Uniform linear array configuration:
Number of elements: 48
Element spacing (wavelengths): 1
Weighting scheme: exponential
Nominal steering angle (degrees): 30
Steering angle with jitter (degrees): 31.116
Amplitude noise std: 0.05
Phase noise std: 0.05

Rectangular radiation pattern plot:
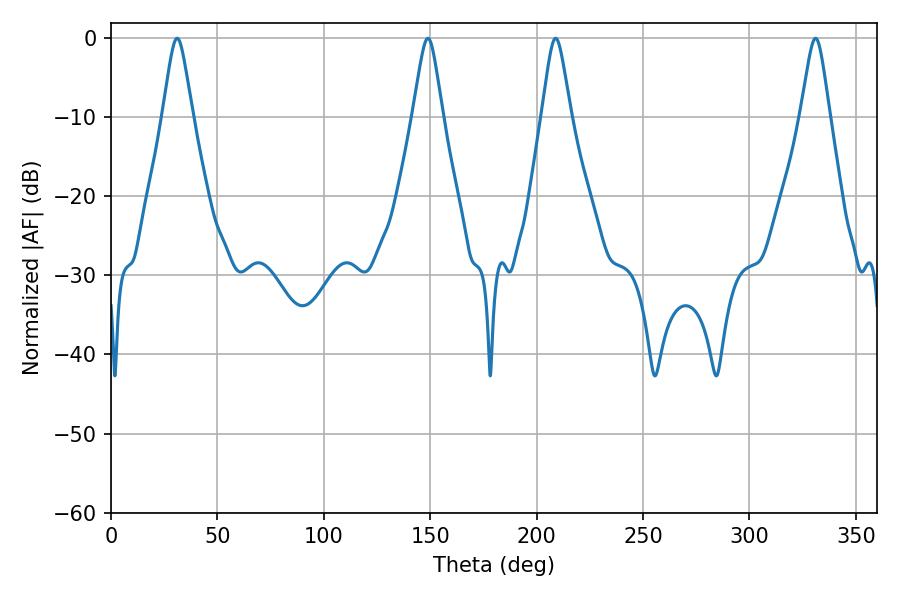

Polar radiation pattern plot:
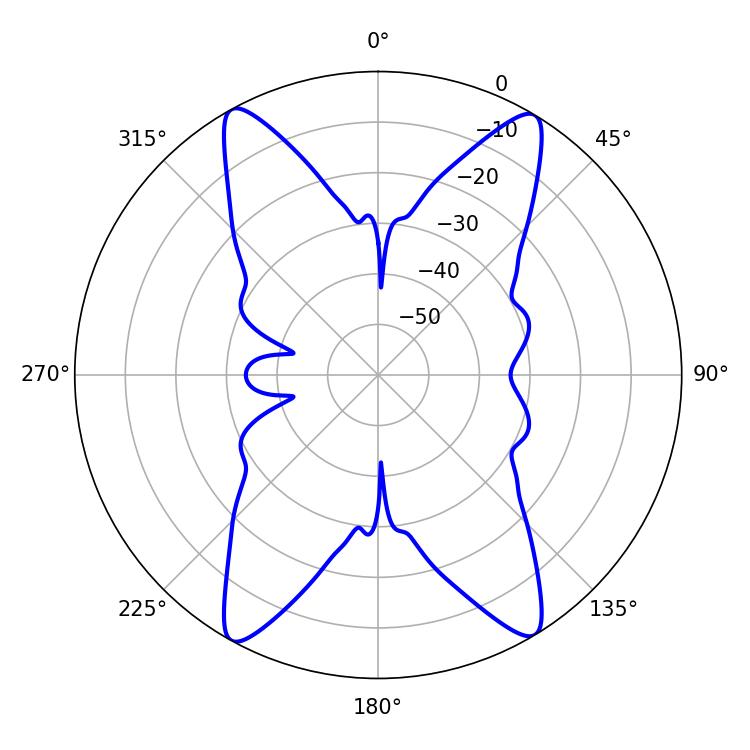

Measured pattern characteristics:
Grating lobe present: TRUE
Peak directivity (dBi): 22.44
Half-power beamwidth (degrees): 6.48
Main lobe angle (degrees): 208.98